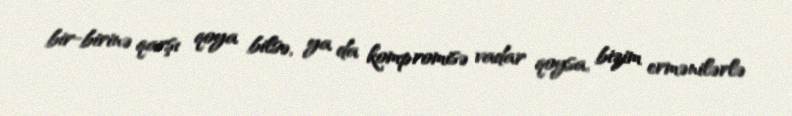
bir-birinə qarşı qoya bilsə, ya da kompromisə vadar qoysa, bizim ermənilərlə